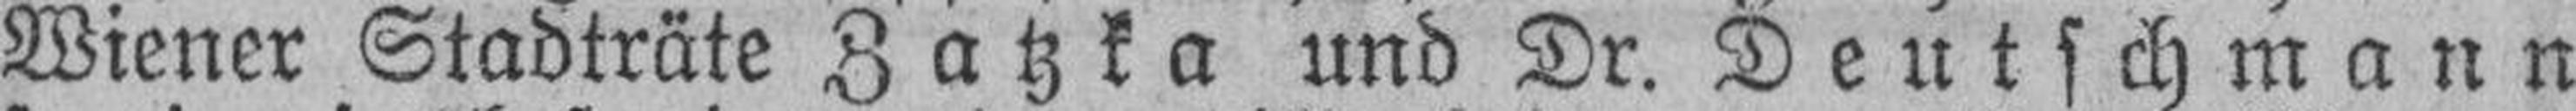
Wiener Stadträte Zatzka und Dr. Deutschmann